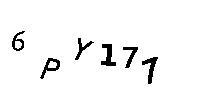
6PY177